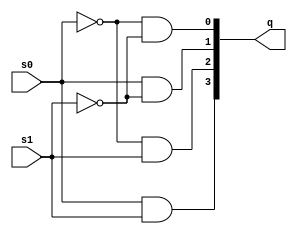
module one_to_4_demux(q,s0,s1);
  input s0,s1;
  output [3:0]q;
  wire p0,p1;
  not (p0,s0);
  not (p1,s1);
  and (q[0],p0,p1);
  and (q[1],s0,p1);
  and (q[2],p0,s1);
  and (q[3],s0,s1);
  endmodule